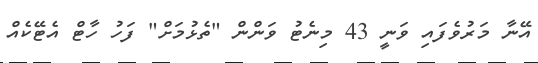
އޭނާ މަރުވެފައި ވަނީ 43 މިނެޓު ވަންން "ތެޅުމަށް" ފަހު ހާޓް އެޓޭކެއް